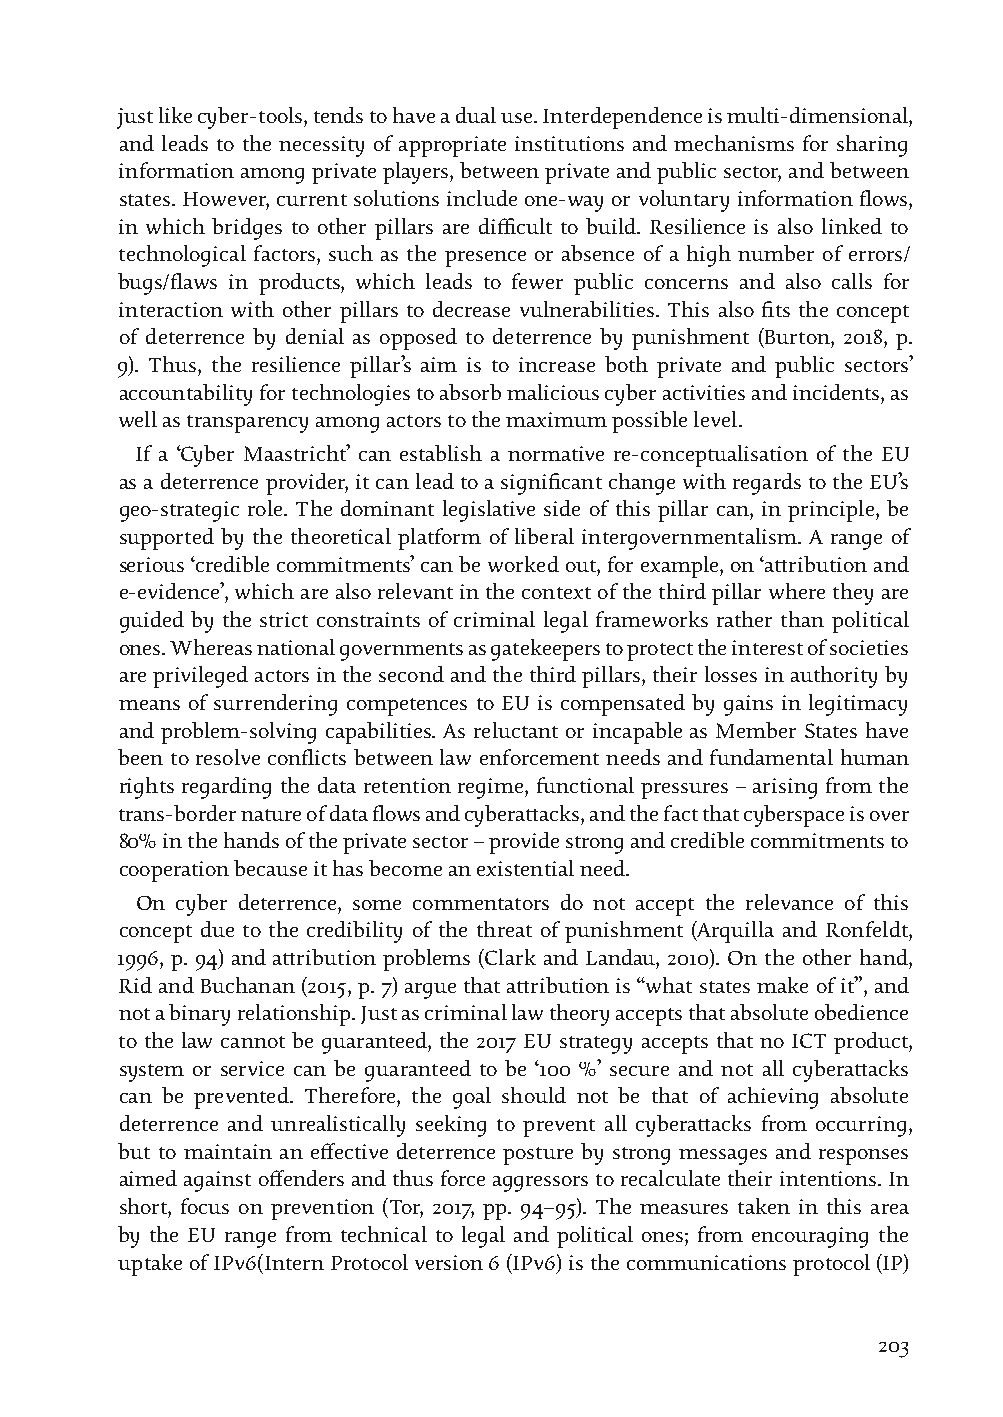
just like cyber-tools, tends to have a dual use. Interdependence is multi-dimensional,
 and leads to the necessity of appropriate institutions and mechanisms for sharing
 information among private players, between private and public sector, and between
 states. However, current solutions include one-way or voluntary information flows,
 in which bridges to other pillars are difficult to build. Resilience is also linked to
 technological factors, such as the presence or absence of a high number of errors/
 bugs/flaws in products, which leads to fewer public concerns and also calls for
 interaction with other pillars to decrease vulnerabilities. This also fits the concept
 of deterrence by denial as opposed to deterrence by punishment (Burton, 2018, p.
 9). Thus, the resilience pillar’s aim is to increase both private and public sectors’
 accountability for technologies to absorb malicious cyber activities and incidents, as
 well as transparency among actors to the maximum possible level.
 If a ‘Cyber Maastricht’ can establish a normative re-conceptualisation of the EU
 as a deterrence provider, it can lead to a significant change with regards to the EU’s
 geo-strategic role. The dominant legislative side of this pillar can, in principle, be
 supported by the theoretical platform of liberal intergovernmentalism. A range of
 serious ‘credible commitments’ can be worked out, for example, on ‘attribution and
 e-evidence’, which are also relevant in the context of the third pillar where they are
 guided by the strict constraints of criminal legal frameworks rather than political
 ones. Whereas national governments as gatekeepers to protect the interest of societies
 are privileged actors in the second and the third pillars, their losses in authority by
 means of surrendering competences to EU is compensated by gains in legitimacy
 and problem-solving capabilities. As reluctant or incapable as Member States have
 been to resolve conflicts between law enforcement needs and fundamental human
 rights regarding the data retention regime, functional pressures – arising from the
 trans-border nature of data flows and cyberattacks, and the fact that cyberspace is over
 80% in the hands of the private sector – provide strong and credible commitments to
 cooperation because it has become an existential need.
 On cyber deterrence, some commentators do not accept the relevance of this
 concept due to the credibility of the threat of punishment (Arquilla and Ronfeldt,
 1996, p. 94) and attribution problems (Clark and Landau, 2010). On the other hand,
 Rid and Buchanan (2015, p. 7) argue that attribution is “what states make of it”, and
 not a binary relationship. Just as criminal law theory accepts that absolute obedience
 to the law cannot be guaranteed, the 2017 EU strategy accepts that no ICT product,
 system or service can be guaranteed to be ‘100 %’ secure and not all cyberattacks
 can be prevented. Therefore, the goal should not be that of achieving absolute
 deterrence and unrealistically seeking to prevent all cyberattacks from occurring,
 but to maintain an effective deterrence posture by strong messages and responses
 aimed against offenders and thus force aggressors to recalculate their intentions. In
 short, focus on prevention (Tor, 2017, pp. 94–95). The measures taken in this area
 by the EU range from technical to legal and political ones; from encouraging the
 uptake of IPv6(Intern Protocol version 6 (IPv6) is the communications protocol (IP)
 203